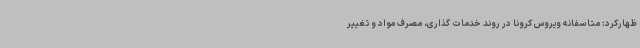
ظهارکرد: متاسفانه ویروس کرونا در روند خدمات گذاری، مصرف مواد و تغییر